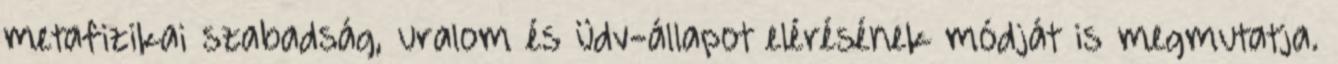
metafizikai szabadság, uralom és üdv-állapot elérésének módját is megmutatja.